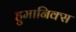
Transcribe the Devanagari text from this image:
हुमानिक्स